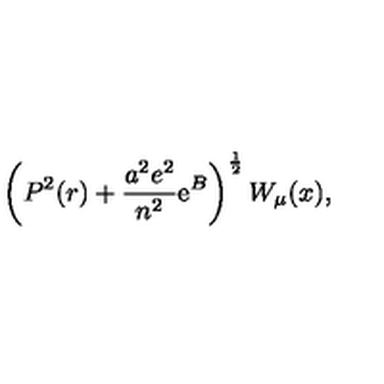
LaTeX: \left( P ^ { 2 } ( r ) + { \frac { a ^ { 2 } e ^ { 2 } } { n ^ { 2 } } } \mathrm { e } ^ { B } \right) ^ { \frac { 1 } { 2 } } W _ { \mu } ( x ) ,